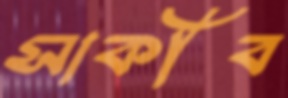
সাকীব